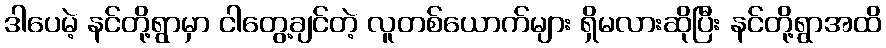
ဒါပေမဲ့ နင်တို့ရွာမှာ ငါတွေ့ချင်တဲ့ လူတစ်ယောက်များ ရှိမလားဆိုပြီး နင်တို့ရွာအထိ